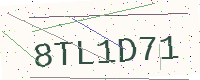
Text: 8TL1D71